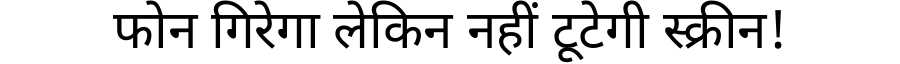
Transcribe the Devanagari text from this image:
फोन गिरेगा लेकिन नहीं टूटेगी स्क्रीन!